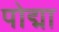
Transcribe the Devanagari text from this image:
पोद्मा